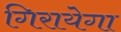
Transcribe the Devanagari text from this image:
गिरायेगा